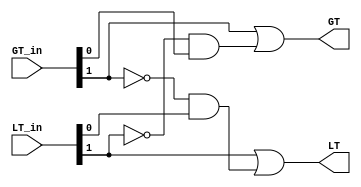
module magcompare2c (LT, GT, GT_in, LT_in);

   input [1:0] LT_in;
   input [1:0] GT_in;
   
   output      LT;
   output      GT;

   // Determine if A < B  using a minimized sum-of-products expression
   assign GT = GT_in[1] | ~LT_in[1]&GT_in[0];

   // Determine if A > B  using a minimized sum-of-products expression
   assign LT = LT_in[1] | !GT_in[1]&LT_in[0];

endmodule